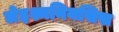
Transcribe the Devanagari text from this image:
लेइश्मनियसिस